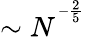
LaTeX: \sim N^{^{-\frac{2}{5}}}